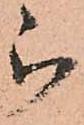
被